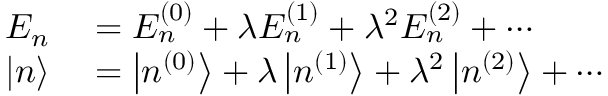
\begin{array} { r l } { E _ { n } } & { { } = E _ { n } ^ { ( 0 ) } + \lambda E _ { n } ^ { ( 1 ) } + \lambda ^ { 2 } E _ { n } ^ { ( 2 ) } + \cdots } \\ { | n \rangle } & { { } = \left| n ^ { ( 0 ) } \right\rangle + \lambda \left| n ^ { ( 1 ) } \right\rangle + \lambda ^ { 2 } \left| n ^ { ( 2 ) } \right\rangle + \cdots } \end{array}